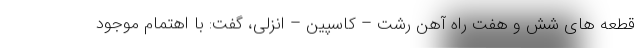
قطعه‌ های شش و هفت راه آهن رشت – کاسپین – انزلی، گفت: با اهتمام موجود